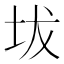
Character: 坺